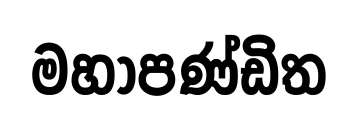
මහාපණ්ඩිත